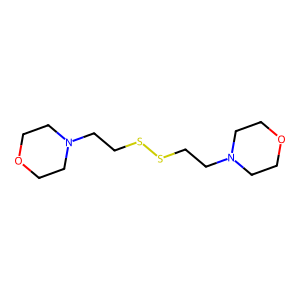
SMILES: C1CN(CCSSCCN2CCOCC2)CCO1
Inhibits HIV replication: No